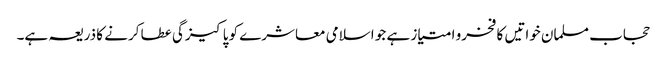
حجاب مسلمان خواتیں کا فخرو امتیاز ہے جو اسلامی معاشرے کو پاکیزگی عطا کرنے کا ذریعہ ہے۔